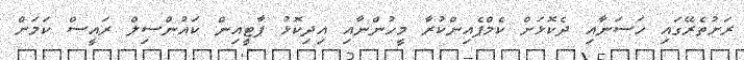
ރަށުތެރޭގައި ހަސަނާއި ދެކޮޅަށް ކެމްޕެއިންކުރާ މީހުންނާއި އިދިކޮޅު ޕާޓީއިން ކައުންސިލް ރައީސް ކަމަށް